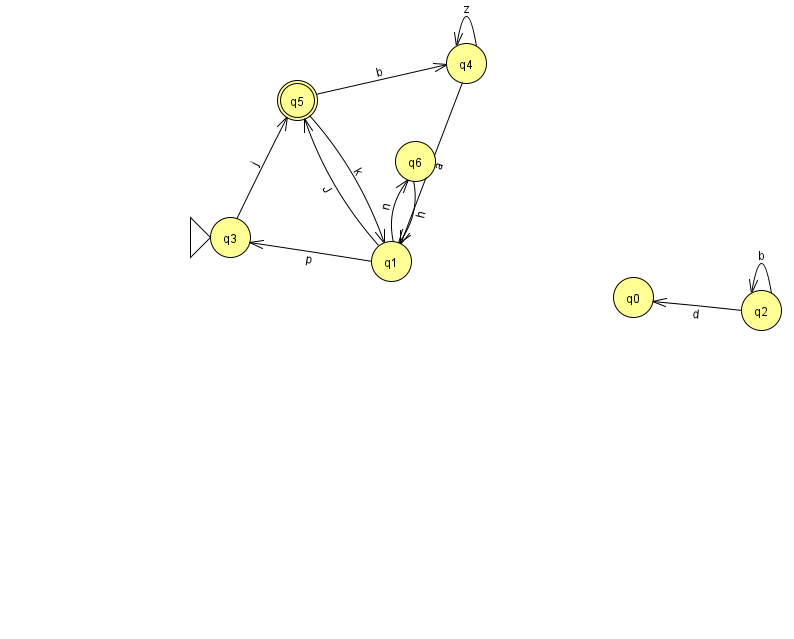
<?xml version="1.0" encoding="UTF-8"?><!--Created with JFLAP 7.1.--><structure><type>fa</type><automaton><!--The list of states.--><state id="0" name="q0"><x>633.0</x><y>284.0</y></state><state id="1" name="q1"><x>391.0</x><y>248.0</y></state><state id="2" name="q2"><x>761.0</x><y>297.0</y></state><state id="3" name="q3"><x>230.0</x><y>224.0</y><initial/></state><state id="4" name="q4"><x>466.0</x><y>50.0</y></state><state id="5" name="q5"><x>297.0</x><y>87.0</y><final/></state><state id="6" name="q6"><x>415.0</x><y>148.0</y></state><!--The list of transitions.--><transition><from>3</from><to>5</to><read>j</read></transition><transition><from>5</from><to>1</to><read>k</read></transition><transition><from>1</from><to>3</to><read>p</read></transition><transition><from>1</from><to>5</to><read>J</read></transition><transition><from>1</from><to>6</to><read>n</read></transition><transition><from>2</from><to>2</to><read>b</read></transition><transition><from>6</from><to>1</to><read>h</read></transition><transition><from>5</from><to>4</to><read>b</read></transition><transition><from>2</from><to>0</to><read>d</read></transition><transition><from>4</from><to>4</to><read>z</read></transition><transition><from>4</from><to>1</to><read>a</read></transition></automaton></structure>